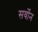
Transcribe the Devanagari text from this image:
सर्वोन